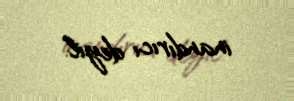
inandırıcı deyil.